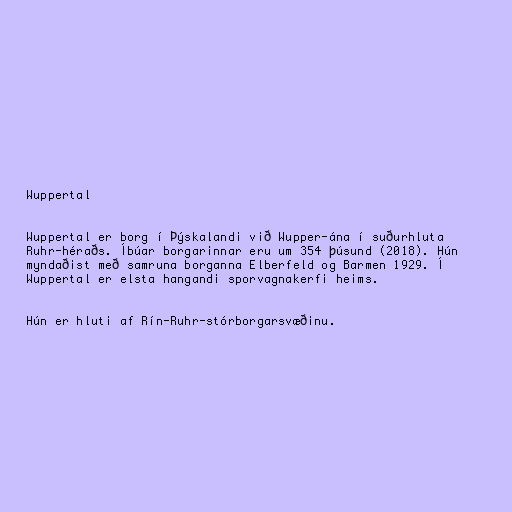
Wuppertal

Wuppertal er borg í Þýskalandi við Wupper-ána í suðurhluta
Ruhr-héraðs. Íbúar borgarinnar eru um 354 þúsund (2018). Hún
myndaðist með samruna borganna Elberfeld og Barmen 1929. Í
Wuppertal er elsta hangandi sporvagnakerfi heims.

Hún er hluti af Rín-Ruhr-stórborgarsvæðinu.